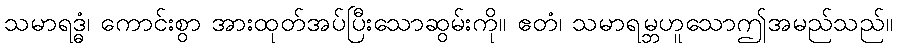
သမာရဒ္ဓံ၊ ကောင်းစွာ အားထုတ်အပ်ပြီးသောဆွမ်းကို။ ဧတံ၊ သမာရမ္ဘဟူသောဤအမည်သည်။